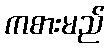
ကစားမည်